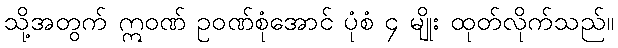
သို့အတွက် ဣဝဏ် ဥဝဏ်စုံအောင် ပုံစံ ၄ မျိုး ထုတ်လိုက်သည်။